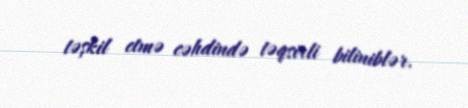
təşkil etmə cəhdində təqsirli biliniblər.